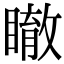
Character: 瞮